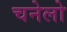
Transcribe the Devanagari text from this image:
चनेलो